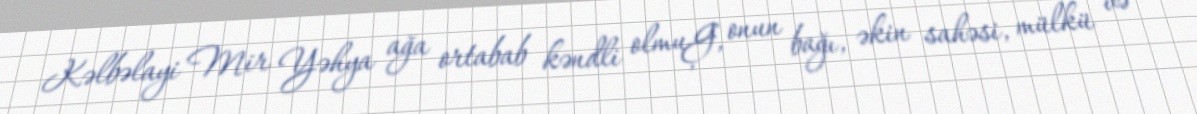
Kəlbəlayi Mir Yəhya ağa ortabab kəndli olmuĢ, onun bağı, əkin sahəsi, mülkü və